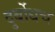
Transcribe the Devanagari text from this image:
दुर्बोधच